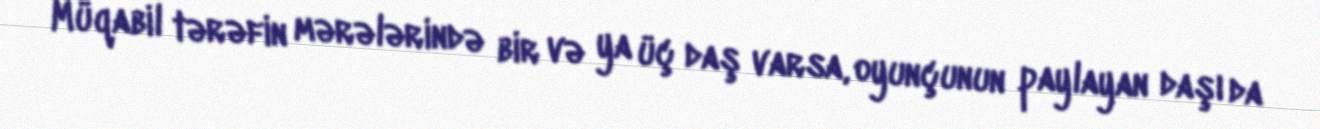
Müqabil tərəfin mərələrində bir və ya üç daş varsa, oyunçunun paylayan daşı da